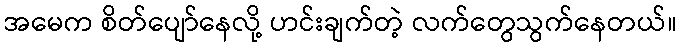
အမေက စိတ်ပျော်နေလို့ ဟင်းချက်တဲ့ လက်တွေသွက်နေတယ်။